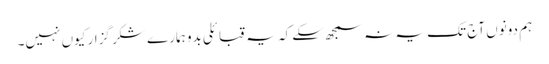
ہم دونوں آج تک یہ نہ سمجھ سکے کہ یہ قبائلی بدو ہمارے شکر گزار کیوں نہیں۔